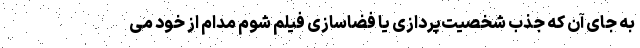
به جای آن که جذب شخصیت‌پردازی یا فضا‌سازی فیلم شوم مدام از خود می